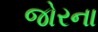
જોરના